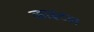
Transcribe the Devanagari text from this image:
व्हाइटल